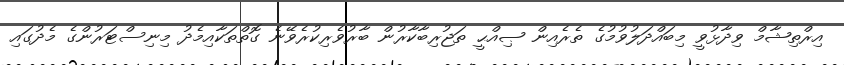
އިރްތިޝާމް ވިދާޅުވީ މިބައްދަލުވުމުގެ ތެރެއިން ޞިއްޙީ ތަޖުރިބާކާރުން ބާރުވެރިކުރެވޭނެ ގޮތްތަކާއިމެދު މިނިސްޓަރުންގެ މެދުގައި